Vaccination in the Punjab 1919-1929 - 1919-1929
Year: 1919
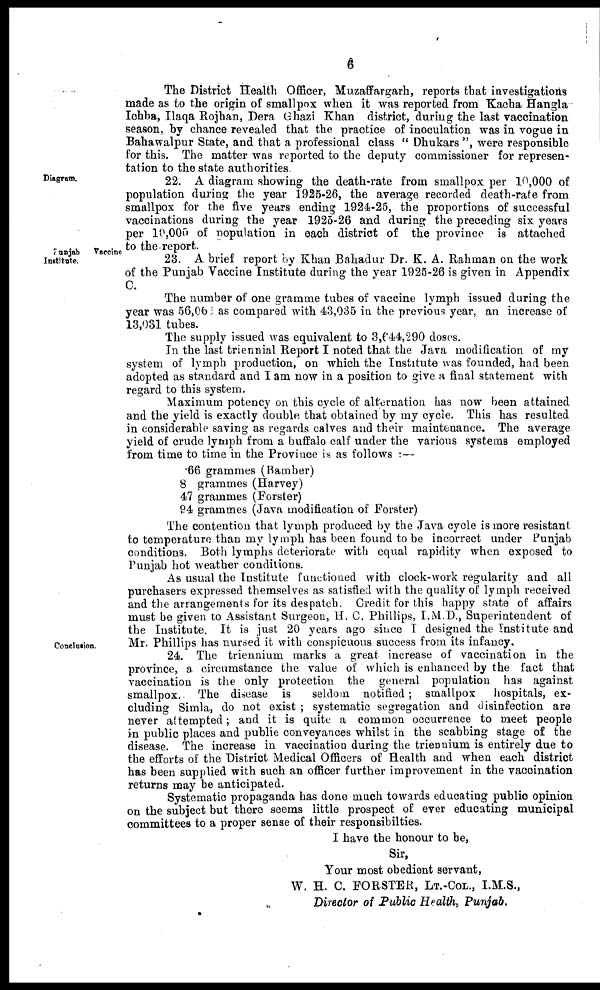
6
The District Health Officer, Muzaffargarh, reports that investigations
made as to the origin of smallpox when it was reported from Kacha Hangla
Ichha, Ilaqa Rojhan, Dera Ghazi Khan district, during the last vaccination
season, by chance revealed that the practice of inoculation was in vogue in
Bahawalpur State, and that a professional class " Dhukars ", were responsible
for this. The matter was reported to the deputy commissioner for represen-
tation to the state authorities.
Diagram.
22. A diagram showing the death-rate from smallpox per 10,000 of
population during the year 1925-26, the average recorded death-rate from
smallpox for the five years ending 1924-25, the proportions of successful
vaccinations during the year 1925-26 and during the preceding six years
per 10,000 of population in each district of the province is attached
to the report.
Punjab
Vaccine
Institute.
23. A brief report by Khan Bahadur Dr. K. A. Rahman on the work
of the Punjab Vaccine Institute during the year 1925-26 is given in Appendix
C.
The number of one gramme tubes of vaccine lymph issued during the
year was 56,06 as compared with 43,035 in the previous year, an increase of
13,031 tubes.
The supply issued was equivalent to 3,644,290 doses.
In the last triennial Report I noted that the Java modification of my
system of lymph production, on which the Institute was founded, had been
adopted as standard and I am now in a position to give a final statement with
regard to this system.
Maximum potency on this cycle of alternation has now been attained
and the yield is exactly double that obtained by my cycle. This has resulted
in considerable saving as regards calves and their maintenance. The average
yield of crude lymph from a buffalo calf under the various systems employed
from time to time in the Province is as follows : —
66 grammes (Bamber)
8 grammes (Harvey)
47 grammes (Forster)
94 grammes (Java modification of Forster)
The contention that lymph produced by the Java cycle is more resistant
to temperature than my lymph has been found to be incorrect under Punjab
conditions. Both lymphs deteriorate with equal rapidity when exposed to
Punjab hot weather conditions.
As usual the Institute functioned with clock-work regularity and all
purchasers expressed themselves as satisfied with the quality of lymph received
and the arrangements for its despatch. Credit for this happy state of affairs
must be given to Assistant Surgeon, H. C. Phillips, I.M.D., Superintendent of
the Institute. It is just 20 years ago since I designed the Institute and
Mr. Phillips has nursed it with conspicuous success from its infancy.
Conclusion.
24. The triennium marks a great increase of vaccination in the
province, a circumstance the value of which is enhanced by the fact that
vaccination is the only protection the general population has against
smallpox. The disease is
seldom notified ; smallpox
hospitals, ex-
cluding Simla, do not exist ; systematic segregation and disinfection are
never attempted; and it is quite a common occurrence to meet people
in public places and publie conveyances whilst in the scabbing stage of the
disease. The increase in vaccination during the triennium is entirely due to
the efforts of the District Medical Officers of Health and when each district
has been supplied with such an officer further improvement in the vaccination
returns may be anticipated.
Systematic propaganda has done much towards educating public opinion
on the subject but there seems little prospect of ever educating municipal
committees to a proper sense of their responsibilties.
I have the honour to be,
Sir,
Your most obedient servant,
W. H. C. FORSTER, LT.-COL., I.M.S.,
Director of Public Health, Punjab.